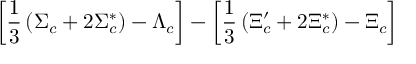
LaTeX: \left[ \frac 1 3 \left( \Sigma _ { c } + 2 \Sigma _ { c } ^ { * } \right) - \Lambda _ { c } \right] - \left[ \frac 1 3 \left( \Xi _ { c } ^ { \prime } + 2 \Xi _ { c } ^ { * } \right) - \Xi _ { c } \right]